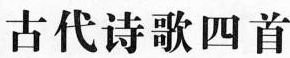
古代诗歌四首